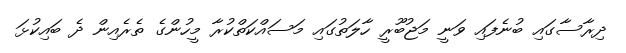
ދިރާސާގައި ބުނެފައި ވަނީ މަޖުބޫރީ ހާލަތުގައި މަސައްކަތްކުރާ މީހުންގެ ތެރެއިން ދެ ބައިކުޅަ